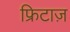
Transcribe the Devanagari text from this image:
फ्रिटाज़